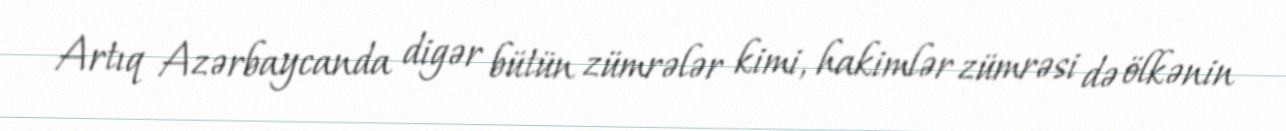
Artıq Azərbaycanda digər bütün zümrələr kimi, hakimlər zümrəsi də ölkənin